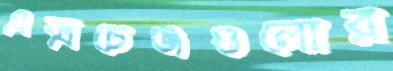
এক্সচেঞ্জগুলোর